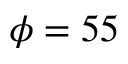
\phi = 5 5